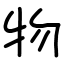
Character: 物